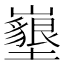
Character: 𡓚